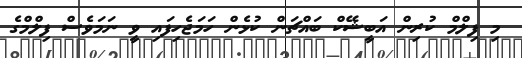
މި ފިލްމް ކުރިން އަބީޝޭކް ބައްޗަން ކުޅެން ހަމަޖެހިފައި ވީ ނަމަވެސް ފިލްމްގެ